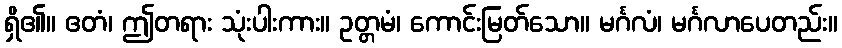
ရှိ၏။ ဧတံ၊ ဤတရား သုံးပါးကား။ ဥတ္တမံ၊ ကောင်းမြတ်သော။ မင်္ဂလံ၊ မင်္ဂလာပေတည်း။